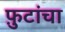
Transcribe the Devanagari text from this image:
फ़ुटांचा